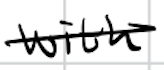
Text: with
Cross-out: single-line
Writing tool: digital_black